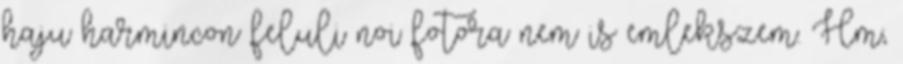
haju harmincon feluli noi fotora nem is emlekszem. Hm,